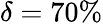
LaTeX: \delta=70\%